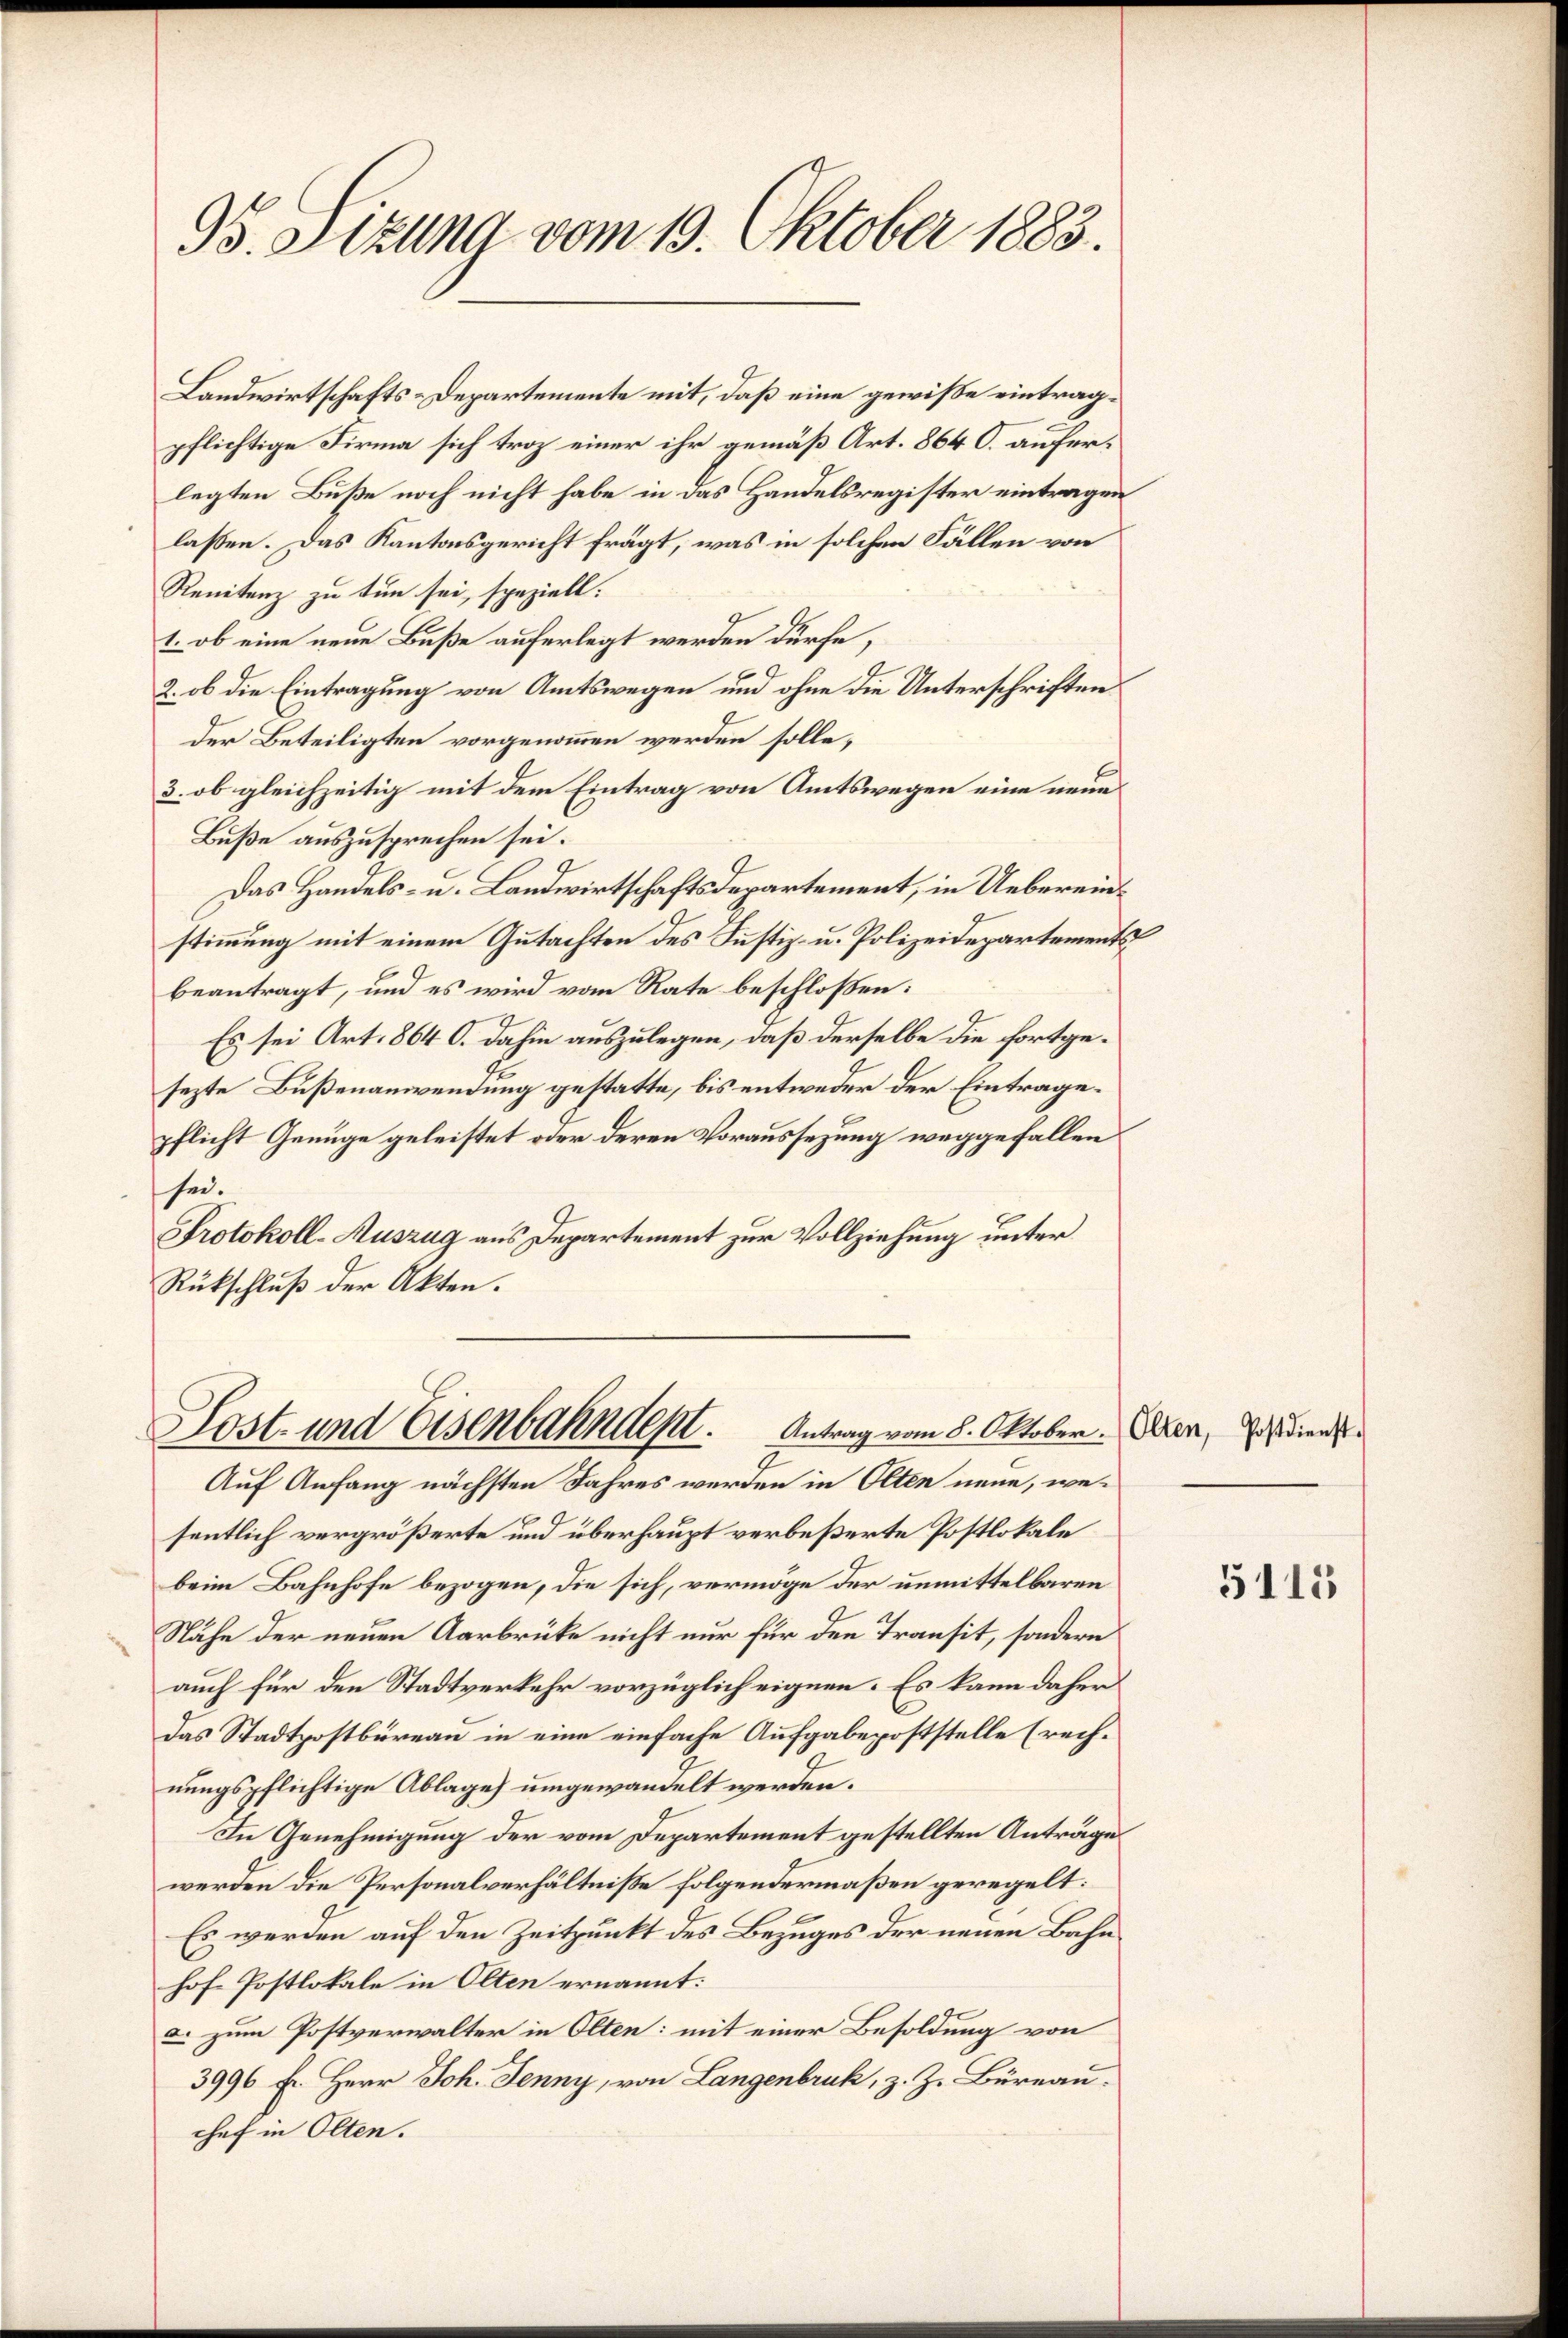
95. Sizung vom 19. Oktober 1883.

Landwirtschafts-Departemente mit, daß eine gewiße eintragpflichtige Firma sich troz einer ihr gemäß Art. 864 O. auferlegten Buße noch nicht habe in das Handelsregister eintragen
laßen. Das Kantonsgericht fragt, was in solchen Fällen von
Renitenz zu tun sei, speziell:
1. ob eine neue Buße auferlegt werden dürfe,
2. ob die Eintragung von Amtswegen und ohne die Unterschriften
der Beteiligten vorgenommen werden solle,
3. ob gleichzeitig mit dem Eintrag von Amtswegen eine neue
Buße auszusprechen sei.
Das Handels- u. Landwirtschaftsdepartement, in Uebereinstimmung mit einem Gutachten des Justiz- u. Polizeidepartements
beantragt, und es wird vom Rate beschloßen:
Es sei Art. 864 C. dahin auszulegen, daß derselbe die fortgesezte Bußenanwendung gestatte, bis entweder der Eintragepflicht Genüge geleistet oder deren Voraussezung weggefallen
sei.
Protokoll-Auszug aus Departement zur Vollziehung unter
Rückschluß der Akten.

sentlich vergrößerte und überhaupt verbeßerte Postlokale
beim Bahnhofe bezogen, die sich, vermöge der unmittelbaren
Nähe der neuen Aarbrücke nicht nur für den Transit, sondern
auch für den Stadtverkehr vorzüglich eignen. Es kann daher
das Stadtpostbüreau in eine einfache Aufgabepoststelle (rechnungspflichtige Ablage) umgewandelt werden.
In Genehmigung der vom Departement gestellten Antrages
werden die Personalverhältniße folgendermaßen geregelt:
Es werden auf den Zeitpunkt des Bezuges der neuen Bahn
hofe Postlokale in Olten ernannt:
a. zum Postverwalter in Olten: mit einer Besoldung von
3996 Fr. Herr Joh. Jenny, von Langenbruk, z. Z. Büreau.
chef in Olten.

Lost- und Eisenbahndent. Antrag vom 8. Oktober. Der, diens
Auf Anfang nächsten Jahres werden in Olten neue, we¬

5115